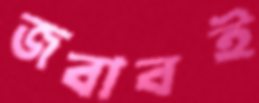
জবাবই